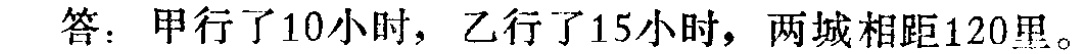
答：甲行了10小时，乙行了15小时，两城相距120里。